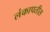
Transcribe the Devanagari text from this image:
लंकापतीस